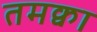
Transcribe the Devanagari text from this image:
तमक्वा